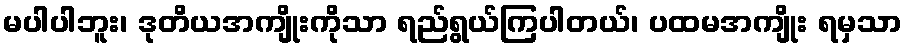
မပါပါဘူး၊ ဒုတိယအကျိုးကိုသာ ရည်ရွယ်ကြပါတယ်၊ ပထမအကျိုး ရမှသာ